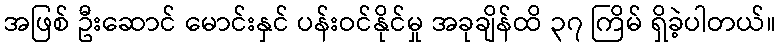
အဖြစ် ဦးဆောင် မောင်းနှင် ပန်းဝင်နိုင်မှု အခုချိန်ထိ ၃၇ ကြိမ် ရှိခဲ့ပါတယ်။